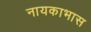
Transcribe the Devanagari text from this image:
नायकाभास